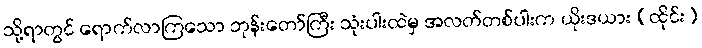
သို့ရာတွင် ရောက်လာကြသော ဘုန်းတော်ကြီး သုံးပါးထဲမှ အလတ်တစ်ပါးက ယိုးဒယား (ထိုင်း)